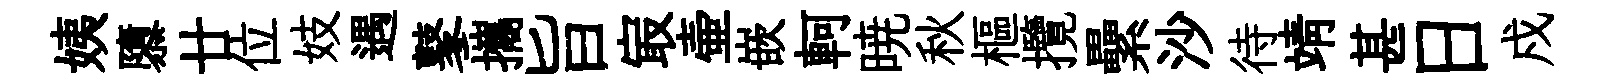
姨隳廿位妓遇鼕攜旨㝡壷嵌軻暁秋樞攬纍沙待靖甚日戍